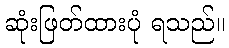
ဆုံးဖြတ်ထားပုံ ရသည်။